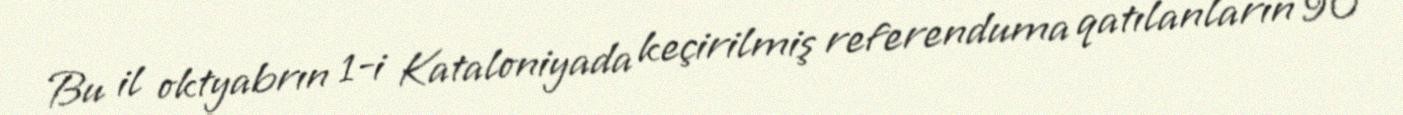
Bu il oktyabrın 1-i Kataloniyada keçirilmiş referenduma qatılanların 90